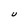
Character: U